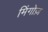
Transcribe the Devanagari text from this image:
मिंगोज़